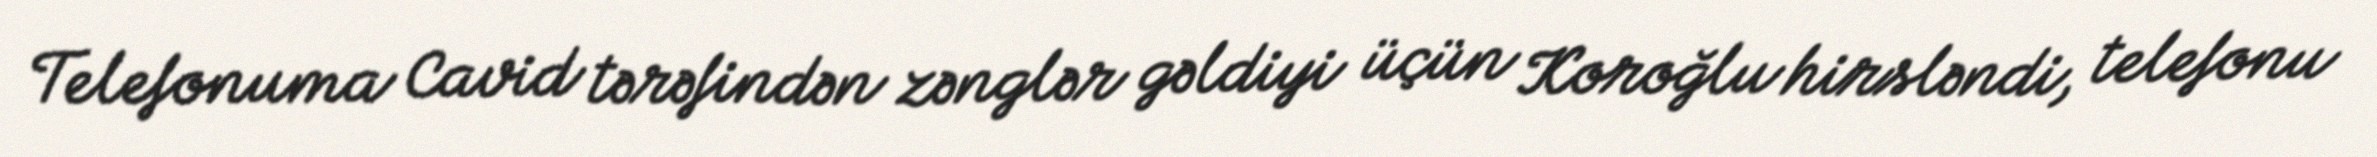
Telefonuma Cavid tərəfindən zənglər gəldiyi üçün Koroğlu hirsləndi, telefonu